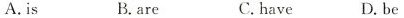
A.is B.are C.have D.be